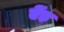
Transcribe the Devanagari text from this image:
ऐंड़